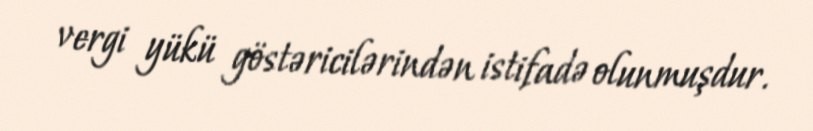
vergi yükü göstəricilərindən istifadə olunmuşdur.